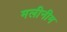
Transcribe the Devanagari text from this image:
मलीनीम